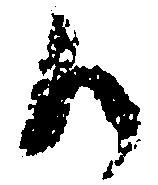
御